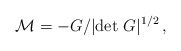
\begin{align*}{\cal M} = -G/| {\rm det}\ G |^{1/2}\, ,\end{align*}